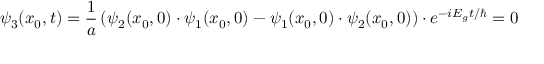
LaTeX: \psi _ { 3 } ( x _ { 0 } , t ) = { \frac { 1 } { a } } \left( \psi _ { 2 } ( x _ { 0 } , 0 ) \cdot \psi _ { 1 } ( x _ { 0 } , 0 ) - \psi _ { 1 } ( x _ { 0 } , 0 ) \cdot \psi _ { 2 } ( x _ { 0 } , 0 ) \right) \cdot e ^ { - i E _ { g } t / \hbar } = 0